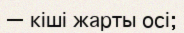
— кіші жарты осі;